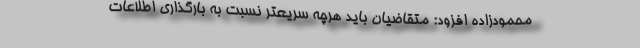
محمودزاده افزود: متقاضیان باید هرچه سریعتر نسبت به بارگذاری اطلاعات